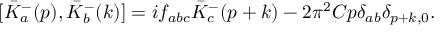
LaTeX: [ { \bar { K } } _ { a } ^ { - } ( p ) , { \bar { K } } _ { b } ^ { - } ( k ) ] = i f _ { a b c } { \bar { K } } _ { c } ^ { - } ( p + k ) - 2 { \pi } ^ { 2 } C p { \delta } _ { a b } { \delta } _ { p + k , 0 } .